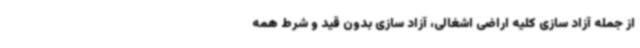
از جمله آزاد سازی کلیه اراضی اشغالی، آزاد سازی بدون قید و شرط همه